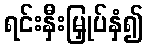
ရင်းနှီးမြှုပ်နှံ၍